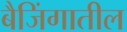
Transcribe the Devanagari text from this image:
बैजिंगातील